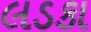
લડકા